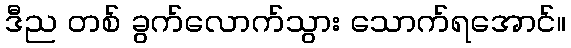
ဒီည တစ် ခွက်လောက်သွား သောက်ရအောင်။